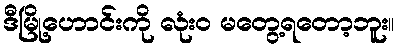
ဒီမြို့ဟောင်းကို လုံး၀ မတွေ့ရတော့ဘူး။